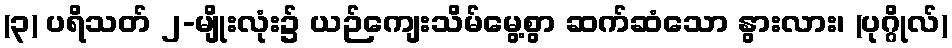
(၃) ပရိသတ် ၂-မျိုးလုံး၌ ယဉ်ကျေးသိမ်မွေ့စွာ ဆက်ဆံသော နွားလား၊ (ပုဂ္ဂိုလ်)